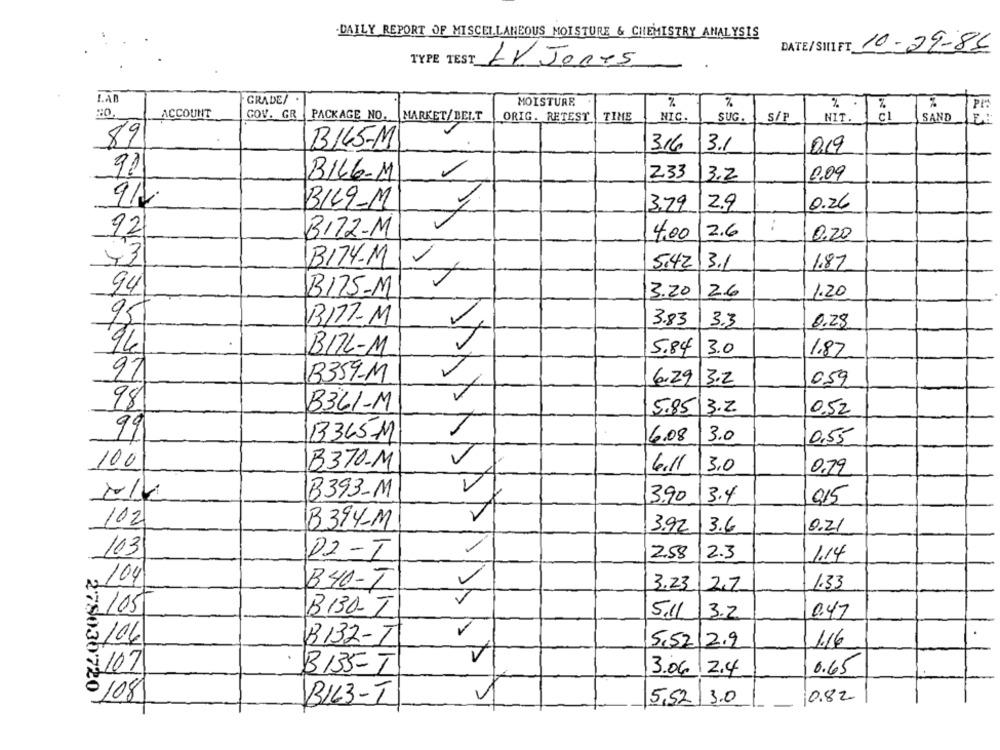
-DAILY REPORT OF MISCELLANEOUS MOISTURE & CHEMISTRY ANALYSIS
DATE/SIFT 10-29-86
TYPE TEST
LV Jones
LAB
GRADE/ .
MOISTURE
%
%
2
%
1 PM
ACCOUNT
GOV. GR
PACKAGE NO.
MARKET/ BELT
ORIG. RETEST
TIME
NIC.
SUG.
S/P
NIT.
Cl
SAND
B145-M
316
3.1
0.19
00
B146-M
2.33
3.2
0.09
5
B169-M
3.79
2.9
0.26
9,2
B172-M
4,00
2.6
0,20
B17Y-M
5.42 3.1
1.87
4
94
B175-M
26
1.20
3.20
B177-M
95
3.83
3.3
0.28
4
94
B17-M
5.84
3.0
1.87
97
B359-M
6.29
3.2
059
98
B361-M
5.85
3.2
0.52
7
99
B365M
6.08
3.0
0,55
100
B370-M
4.11
13,0
0,79
B393-M
3.90
3.4
015
102
B394-M
3.92
3.6
0.21
103
02-I
2.58
2.3
1.14
104
B40-T
1.33
3.23 2.7
21/05
B130- I
5.11 3.2
0.47
2/06
B132-T
5,52|2.9
1.16
107
B135-T
3.06
12.4
0.65
278030720
V
0.82
108
BIL3-I
5,52 3.0